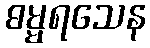
ဓမ္မရသေန